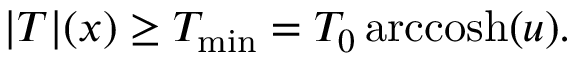
| T | ( x ) \ge T _ { \mathrm { m i n } } = T _ { 0 } \, \mathrm { a r c c o s h } ( u ) .